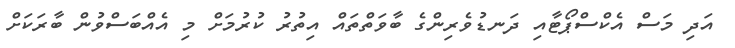
އަދި މަސް އެކްސްޕޯޓާއި ދަނޑުވެރިންގެ ބާވަތްތައް އިތުރު ކުރުމަށް މި އެއްބަސްވުން ބާރަކަށް